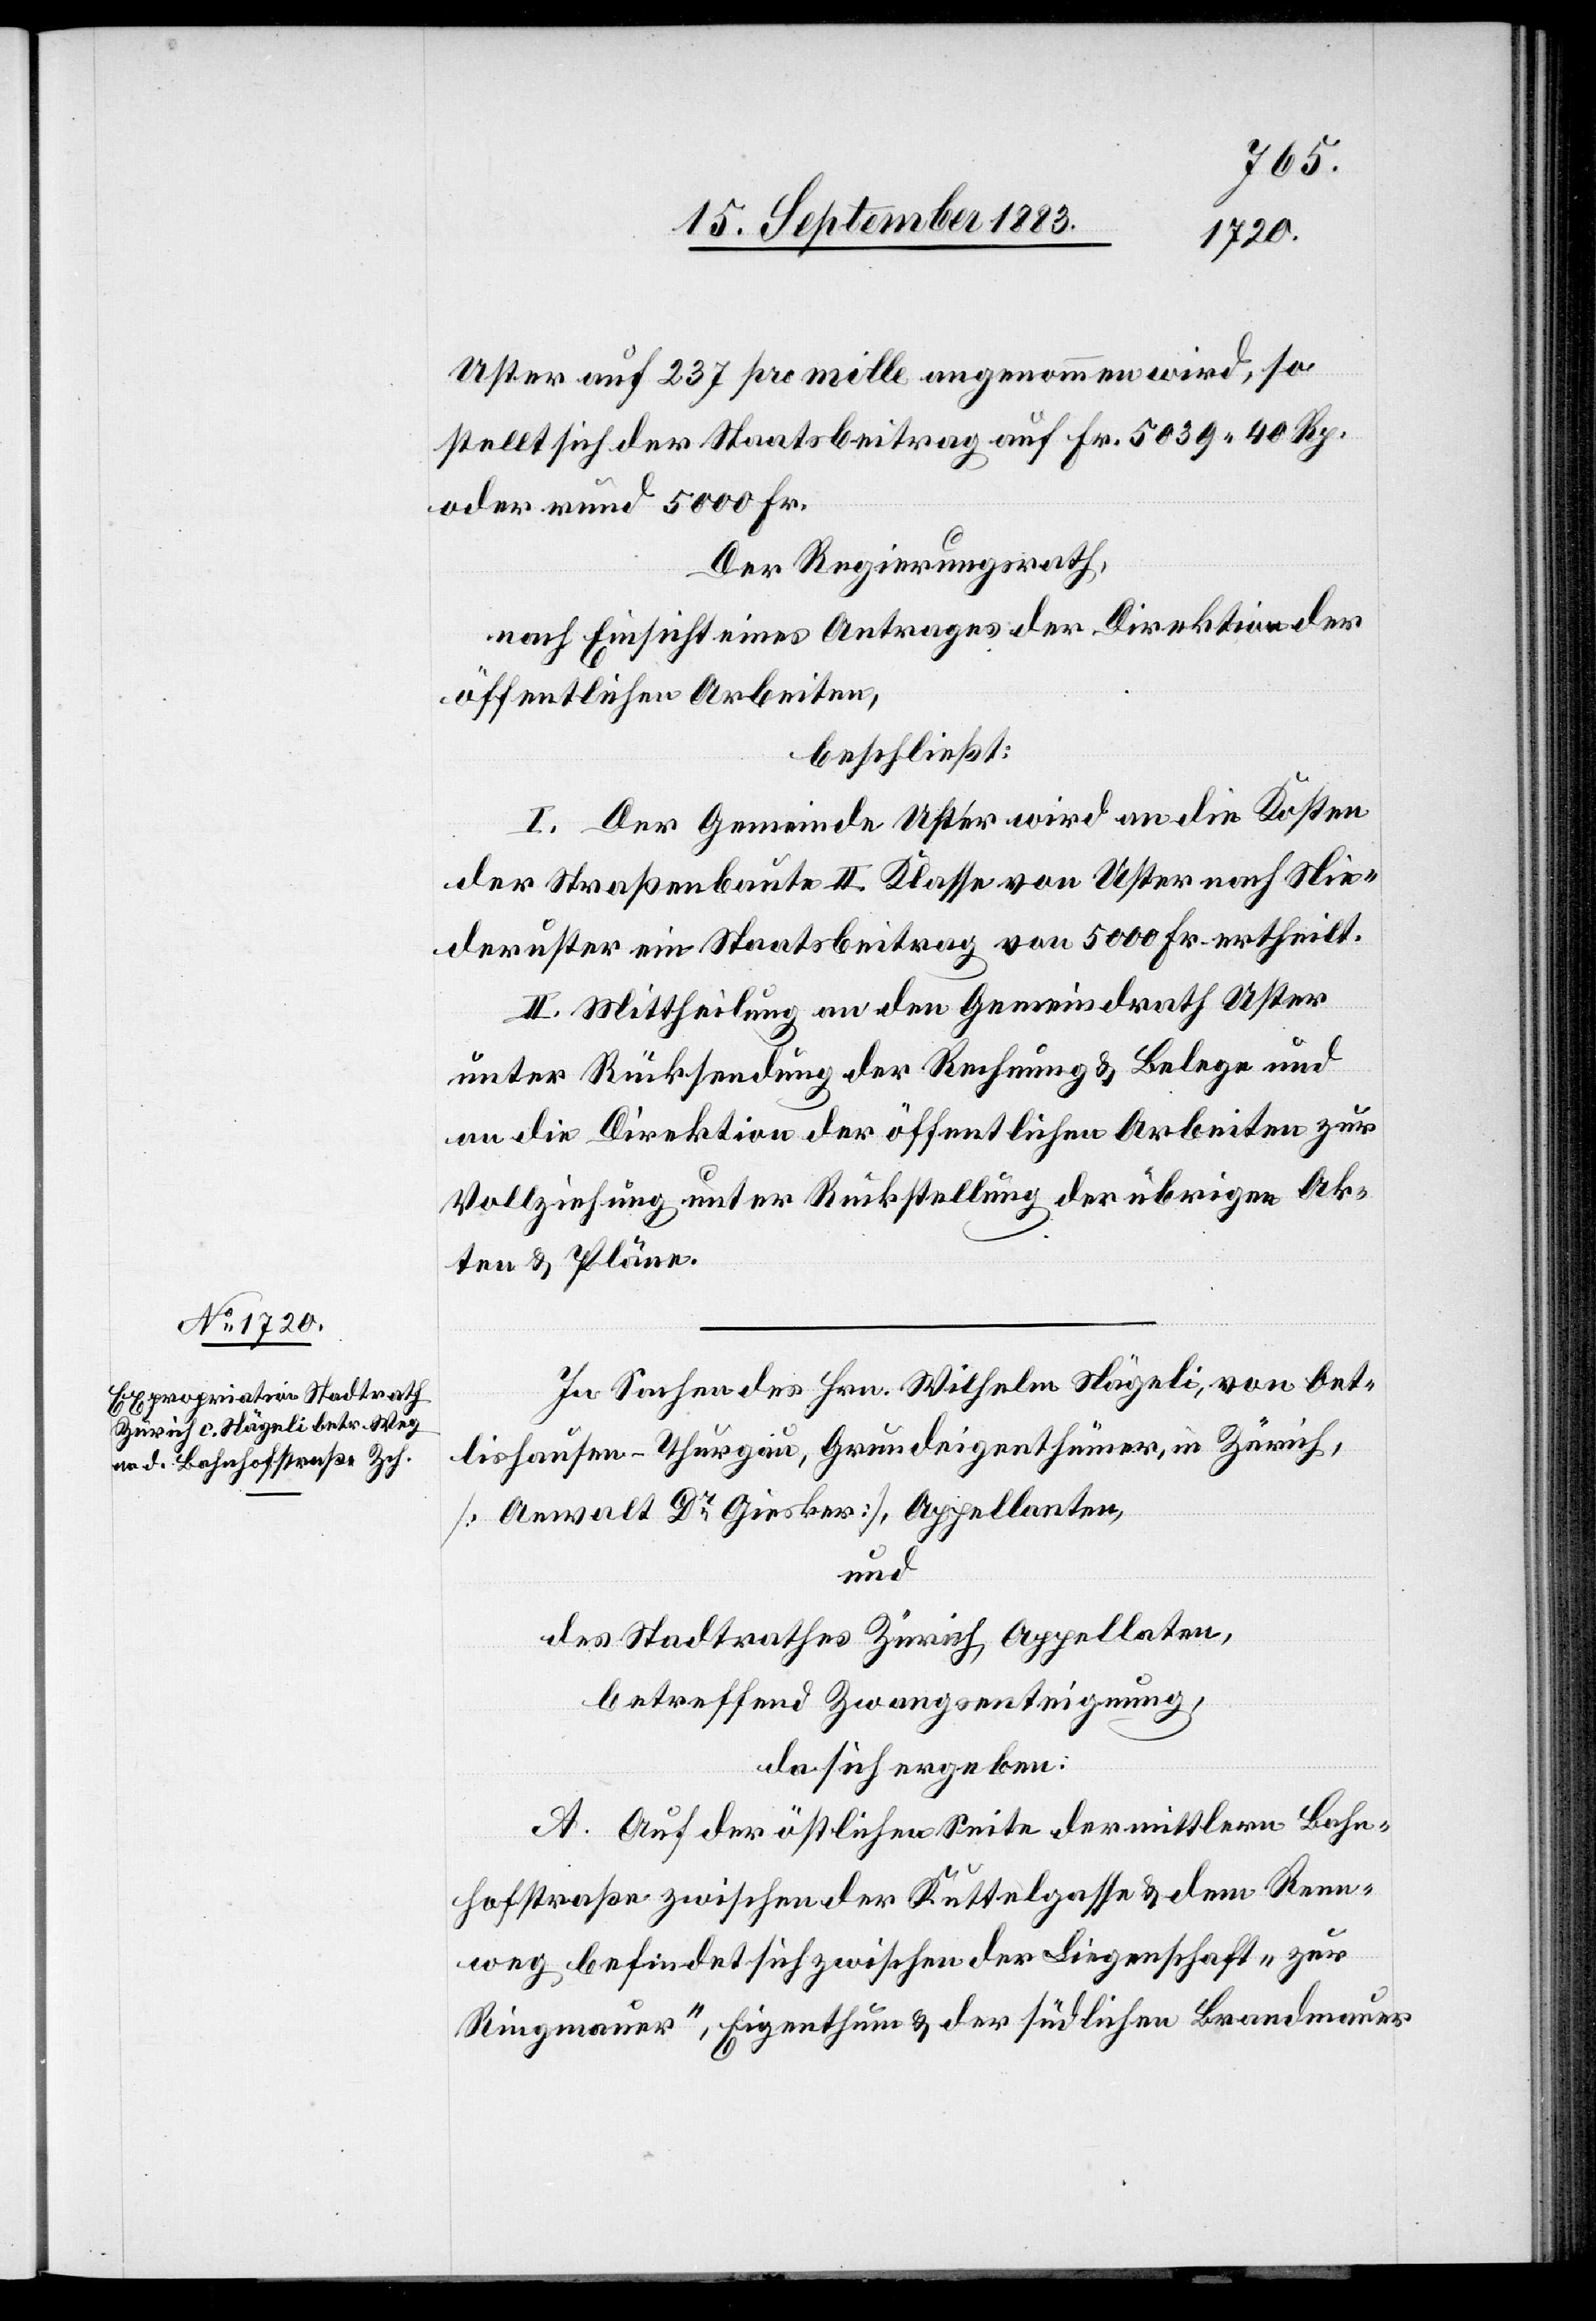
In Sachen des Hrn. Wilhelm Nägeli, von Oet¬
lishausen - Thurgau, Grundeigenthümer, in Zürich,
[Anwalt Dr Giesker], Appellanten,
und
des Stadtrathes Zürich, Appellaten,
betreffend Zwangsenteignung,
da sich ergeben:
A. Auf der östlichen Seite der mittlern Bahn¬
hofstraße zwischen der Kuttelgasse & dem Renn¬
weg befindet sich zwischen der Liegenschaft „zur
Ringmauer“, Eigenthum [sic!] & der südlichen Brandmauer